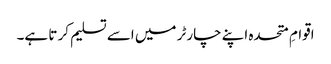
اقوامِ متحدہ اپنے چارٹر میں اسے تسلیم کر تا ہے۔